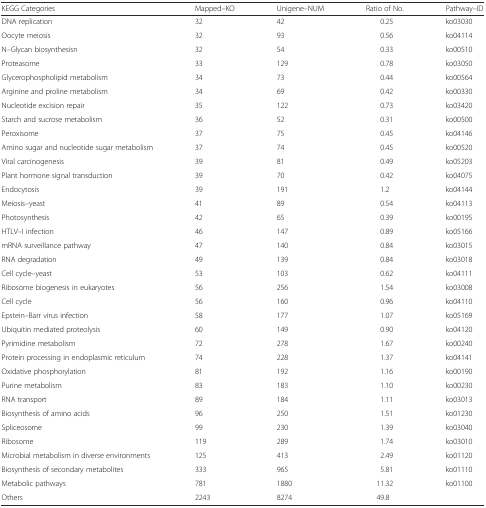
<table><thead><tr><td><b>KEGG Categories</b></td><td><b>Mapped–KO</b></td><td><b>Unigene–NUM</b></td><td><b>Ratio of No.</b></td><td><b>Pathway–ID</b></td></tr></thead><tbody><tr><td>DNA replication</td><td>32</td><td>42</td><td>0.25</td><td>ko03030</td></tr><tr><td>Oocyte meiosis</td><td>32</td><td>93</td><td>0.56</td><td>ko04114</td></tr><tr><td>N–Glycan biosynthesisn</td><td>32</td><td>54</td><td>0.33</td><td>ko00510</td></tr><tr><td>Proteasome</td><td>33</td><td>129</td><td>0.78</td><td>ko03050</td></tr><tr><td>Glycerophospholipid metabolism</td><td>34</td><td>73</td><td>0.44</td><td>ko00564</td></tr><tr><td>Arginine and proline metabolism</td><td>34</td><td>69</td><td>0.42</td><td>ko00330</td></tr><tr><td>Nucleotide excision repair</td><td>35</td><td>122</td><td>0.73</td><td>ko03420</td></tr><tr><td>Starch and sucrose metabolism</td><td>36</td><td>52</td><td>0.31</td><td>ko00500</td></tr><tr><td>Peroxisome</td><td>37</td><td>75</td><td>0.45</td><td>ko04146</td></tr><tr><td>Amino sugar and nucleotide sugar metabolism</td><td>37</td><td>74</td><td>0.45</td><td>ko00520</td></tr><tr><td>Viral carcinogenesis</td><td>39</td><td>81</td><td>0.49</td><td>ko05203</td></tr><tr><td>Plant hormone signal transduction</td><td>39</td><td>70</td><td>0.42</td><td>ko04075</td></tr><tr><td>Endocytosis</td><td>39</td><td>191</td><td>1.2</td><td>ko04144</td></tr><tr><td>Meiosis–yeast</td><td>41</td><td>89</td><td>0.54</td><td>ko04113</td></tr><tr><td>Photosynthesis</td><td>42</td><td>65</td><td>0.39</td><td>ko00195</td></tr><tr><td>HTLV–I infection</td><td>46</td><td>147</td><td>0.89</td><td>ko05166</td></tr><tr><td>mRNA surveillance pathway</td><td>47</td><td>140</td><td>0.84</td><td>ko03015</td></tr><tr><td>RNA degradation</td><td>49</td><td>139</td><td>0.84</td><td>ko03018</td></tr><tr><td>Cell cycle–yeast</td><td>53</td><td>103</td><td>0.62</td><td>ko04111</td></tr><tr><td>Ribosome biogenesis in eukaryotes</td><td>56</td><td>256</td><td>1.54</td><td>ko03008</td></tr><tr><td>Cell cycle</td><td>56</td><td>160</td><td>0.96</td><td>ko04110</td></tr><tr><td>Epstein–Barr virus infection</td><td>58</td><td>177</td><td>1.07</td><td>ko05169</td></tr><tr><td>Ubiquitin mediated proteolysis</td><td>60</td><td>149</td><td>0.90</td><td>ko04120</td></tr><tr><td>Pyrimidine metabolism</td><td>72</td><td>278</td><td>1.67</td><td>ko00240</td></tr><tr><td>Protein processing in endoplasmic reticulum</td><td>74</td><td>228</td><td>1.37</td><td>ko04141</td></tr><tr><td>Oxidative phosphorylation</td><td>81</td><td>192</td><td>1.16</td><td>ko00190</td></tr><tr><td>Purine metabolism</td><td>83</td><td>183</td><td>1.10</td><td>ko00230</td></tr><tr><td>RNA transport</td><td>89</td><td>184</td><td>1.11</td><td>ko03013</td></tr><tr><td>Biosynthesis of amino acids</td><td>96</td><td>250</td><td>1.51</td><td>ko01230</td></tr><tr><td>Spliceosome</td><td>99</td><td>230</td><td>1.39</td><td>ko03040</td></tr><tr><td>Ribosome</td><td>119</td><td>289</td><td>1.74</td><td>ko03010</td></tr><tr><td>Microbial metabolism in diverse environments</td><td>125</td><td>413</td><td>2.49</td><td>ko01120</td></tr><tr><td>Biosynthesis of secondary metabolites</td><td>333</td><td>965</td><td>5.81</td><td>ko01110</td></tr><tr><td>Metabolic pathways</td><td>781</td><td>1880</td><td>11.32</td><td>ko01100</td></tr><tr><td>Others</td><td>2243</td><td>8274</td><td>49.8</td><td></td></tr></tbody></table>